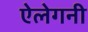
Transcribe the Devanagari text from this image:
ऐलेगनी